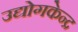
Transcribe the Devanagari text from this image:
उद्योगकेन्द्र